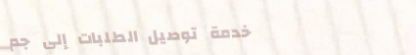
خدمة توصيل الطلبات إلى جم